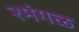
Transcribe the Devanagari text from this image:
२मंगळ